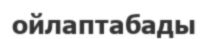
ойлаптабады